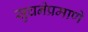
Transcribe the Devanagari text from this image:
सुचनेप्रमाणे